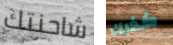
شاحنتك كذبك